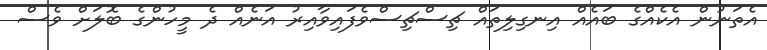
އެތަނުން އެކެއްގެ ބައެއް އިނގިލިތައް ޗިސްޗިސްވެފައިވާއިރު އަނެއް ދެ މީހުންގެ ބޮލަށް ވެސް